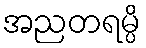
အညတရမ္ပိ